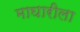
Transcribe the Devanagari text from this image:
माघारीला